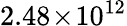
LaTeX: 2.48\! \times\! 10^{12}